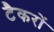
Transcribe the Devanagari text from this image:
टैकरों